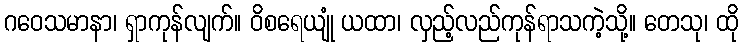
ဂဝေသမာနာ၊ ရှာကုန်လျက်။ ဝိစရေယျုံ ယထာ၊ လှည့်လည်ကုန်ရာသကဲ့သို့။ တေသု၊ ထို